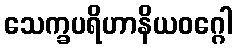
သေက္ခပရိဟာနိယဝဂ္ဂေါ